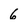
Character: 6